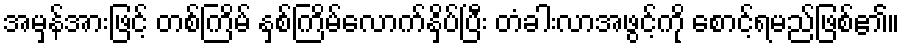
အမှန်အားဖြင့် တစ်ကြိမ် နှစ်ကြိမ်လောက်နှိပ်ပြီး တံခါးလာအဖွင့်ကို စောင့်ရမည်ဖြစ်၏။